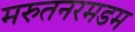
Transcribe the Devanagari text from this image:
मरुतनरमडम